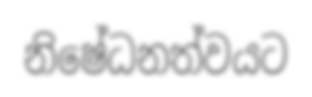
නිෂේධනත්වයට